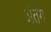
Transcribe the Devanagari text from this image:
अंतग